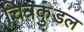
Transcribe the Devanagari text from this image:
चित्रकुंडल